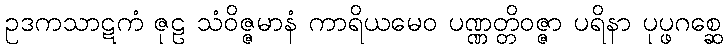
ဥဒကသာဋကံ ဇုဠ သံဝိဇ္ဇမာနံ ကာရိယမေဝ ပဏ္ဏတ္တိဝဇ္ဇာ ပရိနာ ပုပ္ဖဂစ္ဆေ